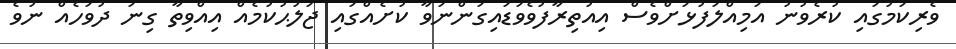
ވެރިކަމުގައި ކުރެވުނު އަމިއްލަފުޅަށްވެސް އިއުތިރާފުވެވަޑައިގަންނަވާ ކުށެއްގައި ޖަލުޙުކުމެއް އިއްވިތާ ގިނަ ދުވަހެއް ނުވެ